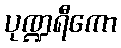
ပုဏ္ဍရီကော